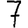
Digit: 7